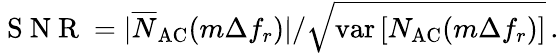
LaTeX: \mathrm{~S~N~R~}=|\overline{N}_{\mathrm{AC}}(m\Delta f_{r})|/\sqrt{\mathrm{var}\left[N_{\mathrm{AC}}(m\Delta f_{r})\right]}\, .